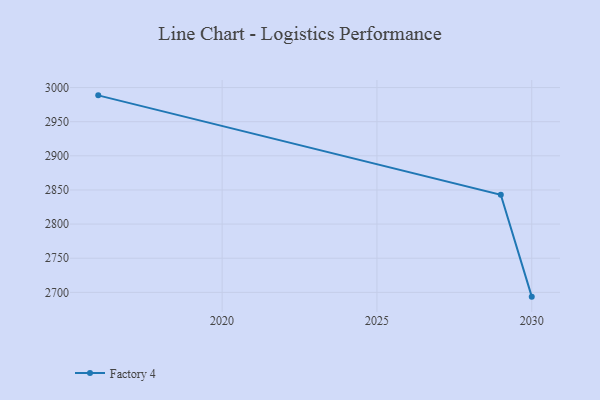
{"axis": {"x": "Year", "y": "Market Share (%)"}, "legend": ["Factory 4"], "data": [{"x": "2030", "y": 2693.7, "type": "Factory 4"}, {"x": "2029", "y": 2843.0, "type": "Factory 4"}, {"x": "2016", "y": 2988.6, "type": "Factory 4"}]}